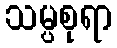
သမ္ပစုရာ